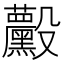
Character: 𱥚